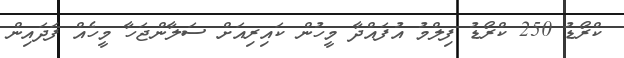
ކްރޯޑު 250 ކްރޯޑު ފިލްމު އުފައްދާ މީހުން ކައިރިއަށް ސަލާންޖަހާ މީހެއް ފަދައިން